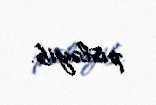
pisləyib.